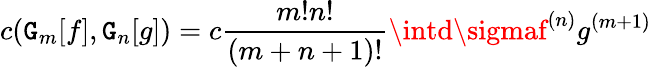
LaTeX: c({\cal\mathtt{G}}_{m}[f],{\cal\mathtt{G}}_{n}[g])=c{\frac{{m!n!}}{{(m+n+1)!}}}\intd\sigmaf^{(n)}g^{(m+1)}